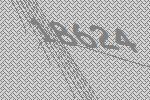
18624